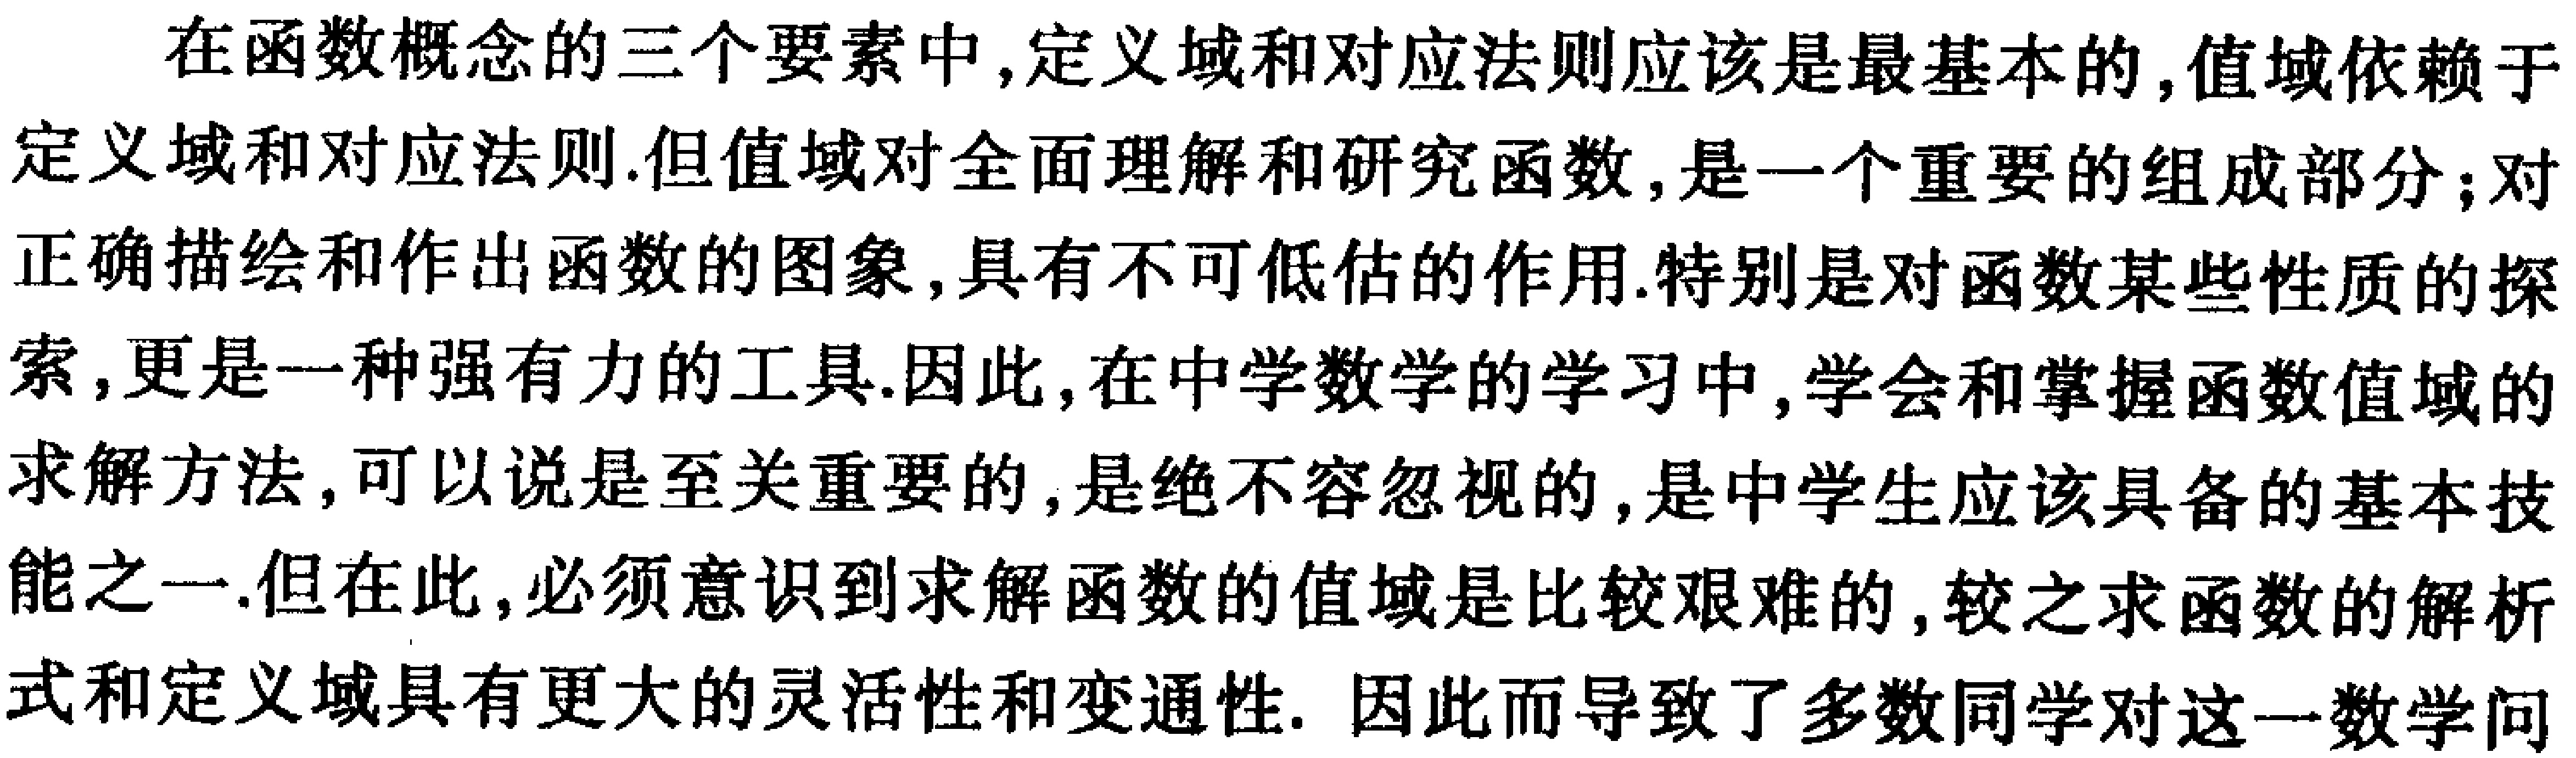
在函数概念的三个要素中,定义域和对应法则应该是最基本的,值域依赖于
定义域和对应法则.但值域对全面理解和研究函数,是一个重要的组成部分；对
正确描绘和作出函数的图象,具有不可低估的作用.特别是对函数某些性质的探
索,更是一种强有力的工具.因此,在中学数学的学习中,学会和掌握函数值域的
求解方法,可以说是至关重要的,是绝不容忽视的,是中学生应该具备的基本技
能之一.但在此,必须意识到求解函数的值域是比较艰难的,较之求函数的解析
式和定义域具有更大的灵活性和变通性. 因此而导致了多数同学对这一数学问